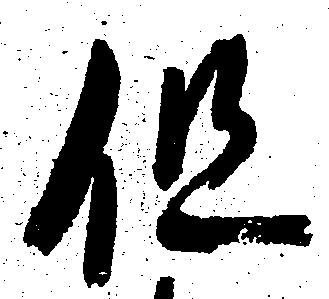
但